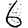
Digit: 6